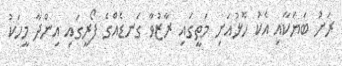
ރަށު ބަޔަކާއި އެކު ހޮޅުއަށި މަތީގައި ރާޒުވާ ގަނޑެއްގެ ފޯރީގައި އިންދާ މީހަކު